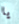
يا